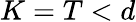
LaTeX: K=T<d